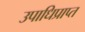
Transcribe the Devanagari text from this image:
उपाधिप्राप्त